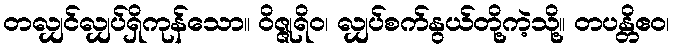
တလျှင်လျှပ်ရှိကုန်သော။ ဝိဇ္ဇုရိဝ၊ လျှပ်စက်နွယ်တို့ကဲ့သို့။ တပန္တိဧဝ၊